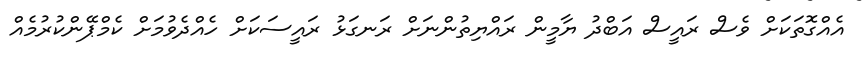
އެއްގޮތަކަށް ވެސް ރައީސް އަބްދު ޔާމީން ރައްޔިތުންނަށް ރަނގަޅު ރައީސަކަށް ހެއްދެވުމަށް ކެމްޕޭންކުރުމެއް